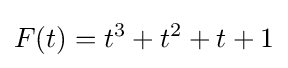
F(t)=t^{3}+t^{2}+t+1